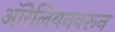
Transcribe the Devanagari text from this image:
ऑरेलियनवरून